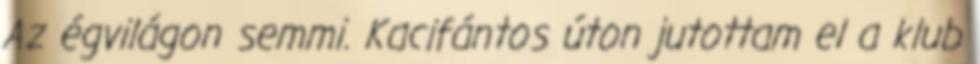
Az égvilágon semmi. Kacifántos úton jutottam el a klub